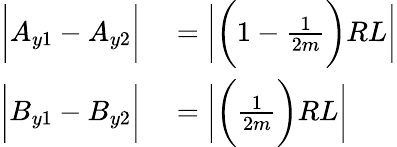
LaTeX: \begin{array}{rl}{\bigg|A_{y1}-A_{y2}\bigg|}&{{}=\bigg|\bigg(1-\frac{1}{2m}\bigg)RL\bigg|}\\ {\bigg|B_{y1}-B_{y2}\bigg|}&{{}=\bigg|\bigg(\frac{1}{2m}\bigg)RL\bigg|}\end{array}